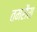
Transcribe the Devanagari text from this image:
तमरौरा